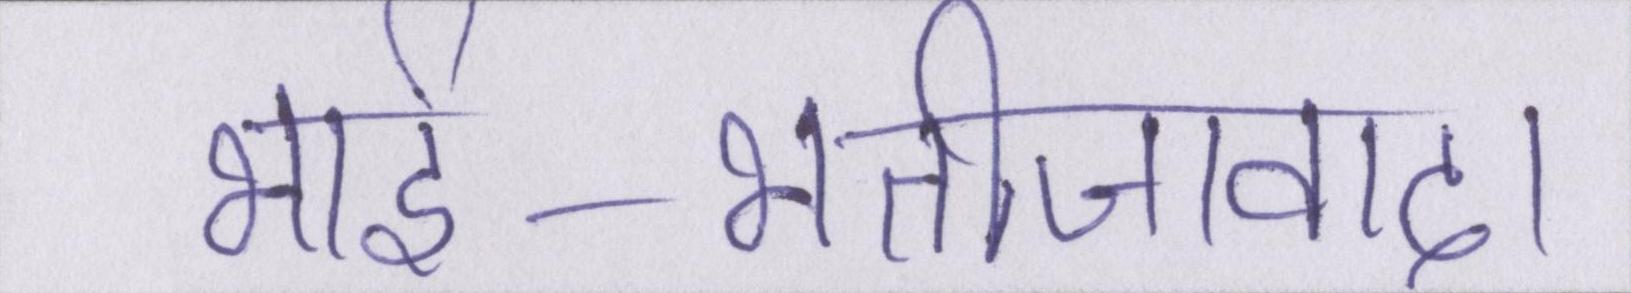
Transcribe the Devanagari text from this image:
भार्इ-भतीजावाद।